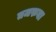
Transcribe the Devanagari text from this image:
तजरुबा